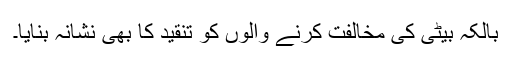
بالکہ بیٹی کی مخالفت کرنے والوں کو تنقید کا بھی نشانہ بنایا۔